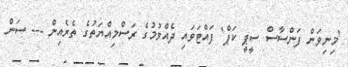
'މިނިވަން ފަންސާސް ސީޕީ ކަޕް' ފައްޓަވައި ދެއްވުމުގެ ރަސްމިއްޔަތުގެ ތެރެއިން --- ސަން